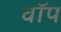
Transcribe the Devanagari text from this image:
वॉप